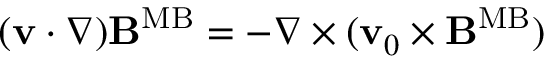
\begin{array} { r } { ( { \bf v } \cdot \nabla ) { \bf B } ^ { \mathrm { M B } } = - \nabla \times ( { \bf v } _ { 0 } \times { \bf B } ^ { \mathrm { M B } } ) } \end{array}